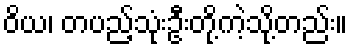
ဝိယ၊ တပည့်သုံးဦးတို့ကဲ့သို့တည်း။